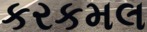
કરકમલ